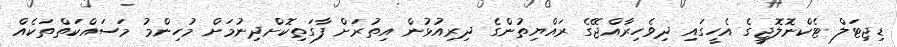
ޑިޖިޓަލް ޓެކްނޮލޮޖީގެ އެހީގައި ދިވެހިރާއްޖޭގެ ރައްޔިތުންގެ ދިރިއުޅުން އިތުރަށް ފާގަތިކޮށްދިނުމަށް މުހިންމު މަސައްކަތްތަކެއް